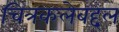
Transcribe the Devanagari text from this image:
चित्रकलेबद्दल